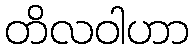
တိလဝါဟာ